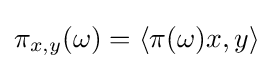
\pi _{x,y}(\omega )=\langle \pi (\omega )x,y\rangle